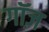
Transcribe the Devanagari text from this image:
गॉज़